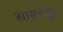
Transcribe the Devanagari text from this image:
साम्रदहुन